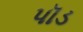
પૉડ